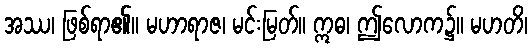
အဿ၊ ဖြစ်ရာ၏။ မဟာရာဇ၊ မင်းမြတ်။ ဣဓ၊ ဤလောက၌။ မဟတိ၊